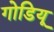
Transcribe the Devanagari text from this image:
गोडियू